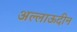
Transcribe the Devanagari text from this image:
अल्लाऊदीन